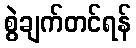
စွဲချက်တင်ရန်